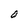
Character: 0